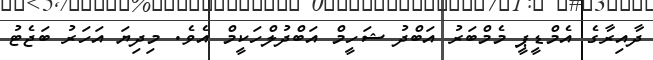
ދާއިރާގެ އެމްޑީޕީ މެމްބަރު އަބްދު ޝަހީމް އަބްދުލްހަކީމް އެވެ. މިދިޔަ އަހަރު ބަޖެޓު